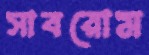
সাবরোম